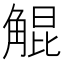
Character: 䚠